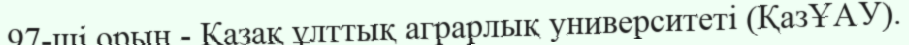
97-ші орын - Қазақ ұлттық аграрлық университеті (ҚазҰАУ).